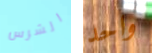
الشرس واحد